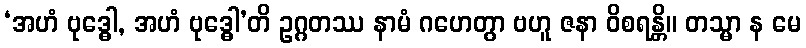
‘အဟံ ဗုဒ္ဓေါ, အဟံ ဗုဒ္ဓေါ’တိ ဥဂ္ဂတဿ နာမံ ဂဟေတွာ ဗဟူ ဇနာ ဝိစရန္တိ။ တသ္မာ န မေ